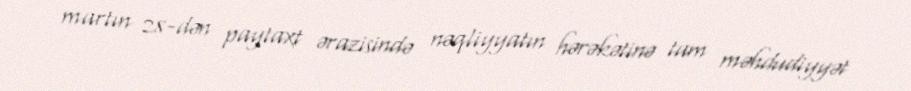
martın 28-dən paytaxt ərazisində nəqliyyatın hərəkətinə tam məhdudiyyət